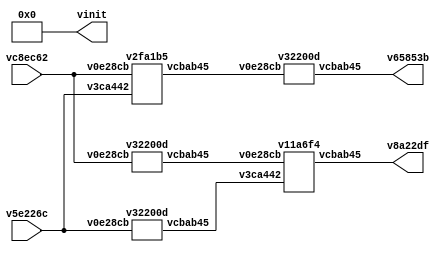
// Code generated by Icestudio 0.3.0
// Mon, 28 Aug 2017 15:04:00 GMT

`default_nettype none

module main (
 input vc8ec62,
 input v5e226c,
 output v65853b,
 output v8a22df,
 output [0:4] vinit
);
 wire w0;
 wire w1;
 wire w2;
 wire w3;
 wire w4;
 wire w5;
 wire w6;
 wire w7;
 wire w8;
 assign w0 = vc8ec62;
 assign w1 = v5e226c;
 assign v65853b = w3;
 assign w4 = vc8ec62;
 assign w5 = v5e226c;
 assign v8a22df = w8;
 assign w4 = w0;
 assign w5 = w1;
 v2fa1b5 v50ffbe (
  .v0e28cb(w0),
  .v3ca442(w1),
  .vcbab45(w2)
 );
 v32200d v3d2402 (
  .v0e28cb(w2),
  .vcbab45(w3)
 );
 v11a6f4 v6eaab2 (
  .v0e28cb(w6),
  .v3ca442(w7),
  .vcbab45(w8)
 );
 v32200d vd43f00 (
  .v0e28cb(w4),
  .vcbab45(w6)
 );
 v32200d vaeb9a9 (
  .v0e28cb(w5),
  .vcbab45(w7)
 );
 assign vinit = 5'b00000;
endmodule

module v2fa1b5 (
 input v0e28cb,
 input v3ca442,
 output vcbab45
);
 wire w0;
 wire w1;
 wire w2;
 assign w0 = v0e28cb;
 assign w1 = v3ca442;
 assign vcbab45 = w2;
 v2fa1b5_vf4938a vf4938a (
  .a(w0),
  .b(w1),
  .c(w2)
 );
endmodule

module v2fa1b5_vf4938a (
 input a,
 input b,
 output c
);
 // OR logic gate
 
 assign c = a | b;
endmodule

module v32200d (
 input v0e28cb,
 output vcbab45
);
 wire w0;
 wire w1;
 assign w0 = v0e28cb;
 assign vcbab45 = w1;
 v32200d_vd54ca1 vd54ca1 (
  .a(w0),
  .c(w1)
 );
endmodule

module v32200d_vd54ca1 (
 input a,
 output c
);
 // NOT logic gate
 
 assign c = ~ a;
endmodule

module v11a6f4 (
 input v0e28cb,
 input v3ca442,
 output vcbab45
);
 wire w0;
 wire w1;
 wire w2;
 assign w0 = v0e28cb;
 assign w1 = v3ca442;
 assign vcbab45 = w2;
 v11a6f4_vf4938a vf4938a (
  .a(w0),
  .b(w1),
  .c(w2)
 );
endmodule

module v11a6f4_vf4938a (
 input a,
 input b,
 output c
);
 // AND logic gate
 
 assign c = a & b;
endmodule